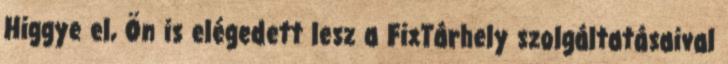
Higgye el, Ön is elégedett lesz a FixTárhely szolgáltatásaival